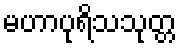
မဟာပုရိသသုတ္တ